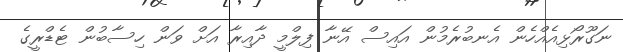
ނަގޫރޯޅިއެއްހެން އެނބުރެމުން އައިސް އޭނާ ފިލްމީ ދާއިރާ އަށް ވަން ހިސާބުން ޓެޑްރީގެ